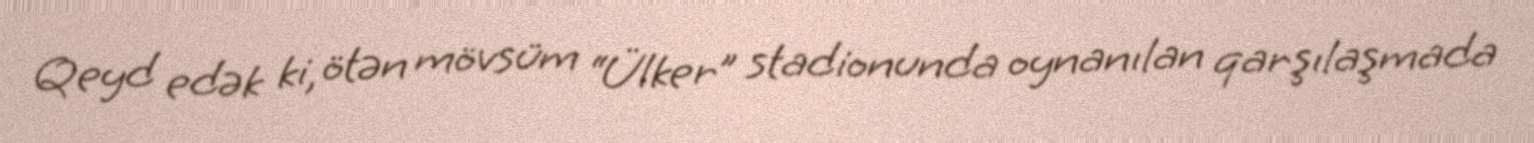
Qeyd edək ki, ötən mövsüm “Ülker” stadionunda oynanılan qarşılaşmada